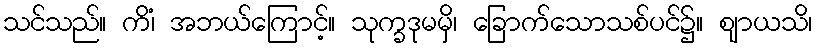
သင်သည်။ ကိံ၊ အဘယ်ကြောင့်။ သုက္ခဒုမမှိ၊ ခြောက်သောသစ်ပင်၌။ ဈာယသိ၊